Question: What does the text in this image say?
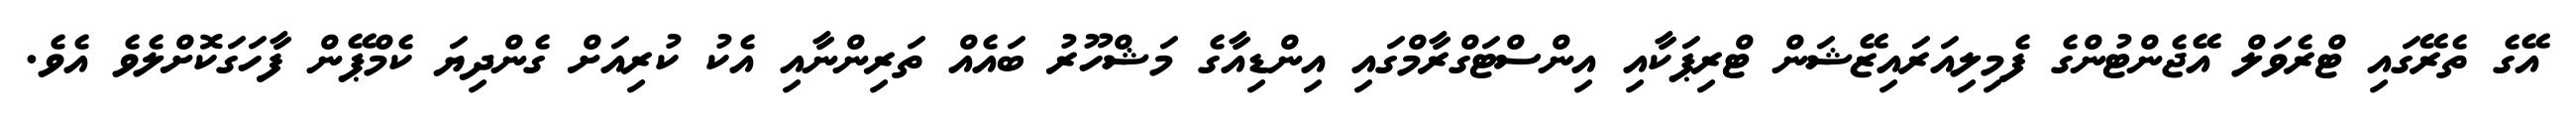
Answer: އޭގެ ތެރޭގައި ޓްރެވަލް އޭޖެންޓުންގެ ފެމިލިއަރައިޒޭޝަން ޓްރިޕަކާއި އިންސްޓަގްރާމްގައި އިންޑިއާގެ މަޝްހޫރު ބައެއް ތަރިންނާއި އެކު ކުރިއަށް ގެންދިޔަ ކެމްޕޭން ފާހަގަކޮށްލެވެ އެވެ.